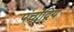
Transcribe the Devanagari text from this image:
पंचोद्रिय